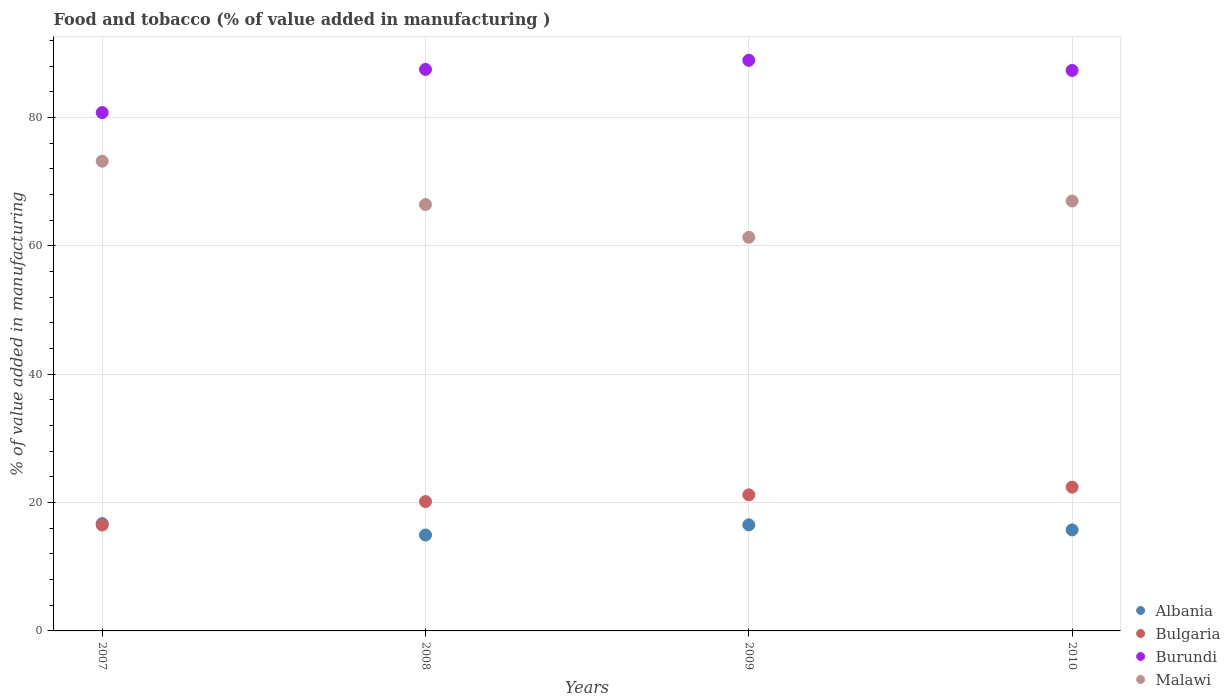
| Years | Albania | Bulgaria | Burundi | Malawi |
 | --- | --- | --- | --- | --- |
 | 2007 | 16.7 | 16.5 | 80.8 | 73.2 |
 | 2008 | 14.9 | 20.2 | 87.5 | 66.4 |
 | 2009 | 16.5 | 21.2 | 88.9 | 61.3 |
 | 2010 | 15.7 | 22.4 | 87.3 | 67 |